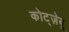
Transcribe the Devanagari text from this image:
कोट्ज़ेबू